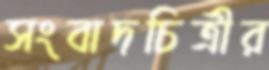
সংবাদচিত্রীর